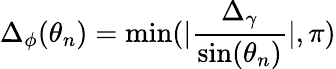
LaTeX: \Delta_{\phi}(\theta_{n})=\mathrm{min}(|\frac{\Delta_{\gamma}}{\mathrm{sin}(\theta_{n})}|,\pi)